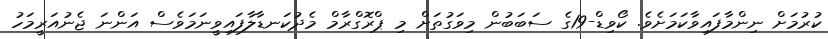
ކުރުމަށް ނިންމާފައިވާކަމަށެވެ. ކޯވިޑް-19ގެ ސަބަބުން މިވަގުތަށް މި ޕްރޮގްރާމް މެދުކަނޑާލާފައިވީނަމަވެސް އަންނަ ޖެނުއަރީމަހު